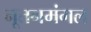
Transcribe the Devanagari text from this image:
नूतनमंगल